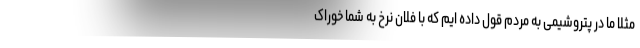
مثلا ما در پتروشیمی به مردم قول داده ایم که با فلان نرخ به شما خوراک